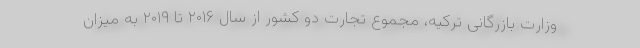
وزارت بازرگانی ترکیه، مجموع تجارت دو کشور از سال ۲۰۱۶ تا ۲۰۱۹ به میزان